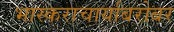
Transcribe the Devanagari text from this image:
भास्कराचार्याबरोबर